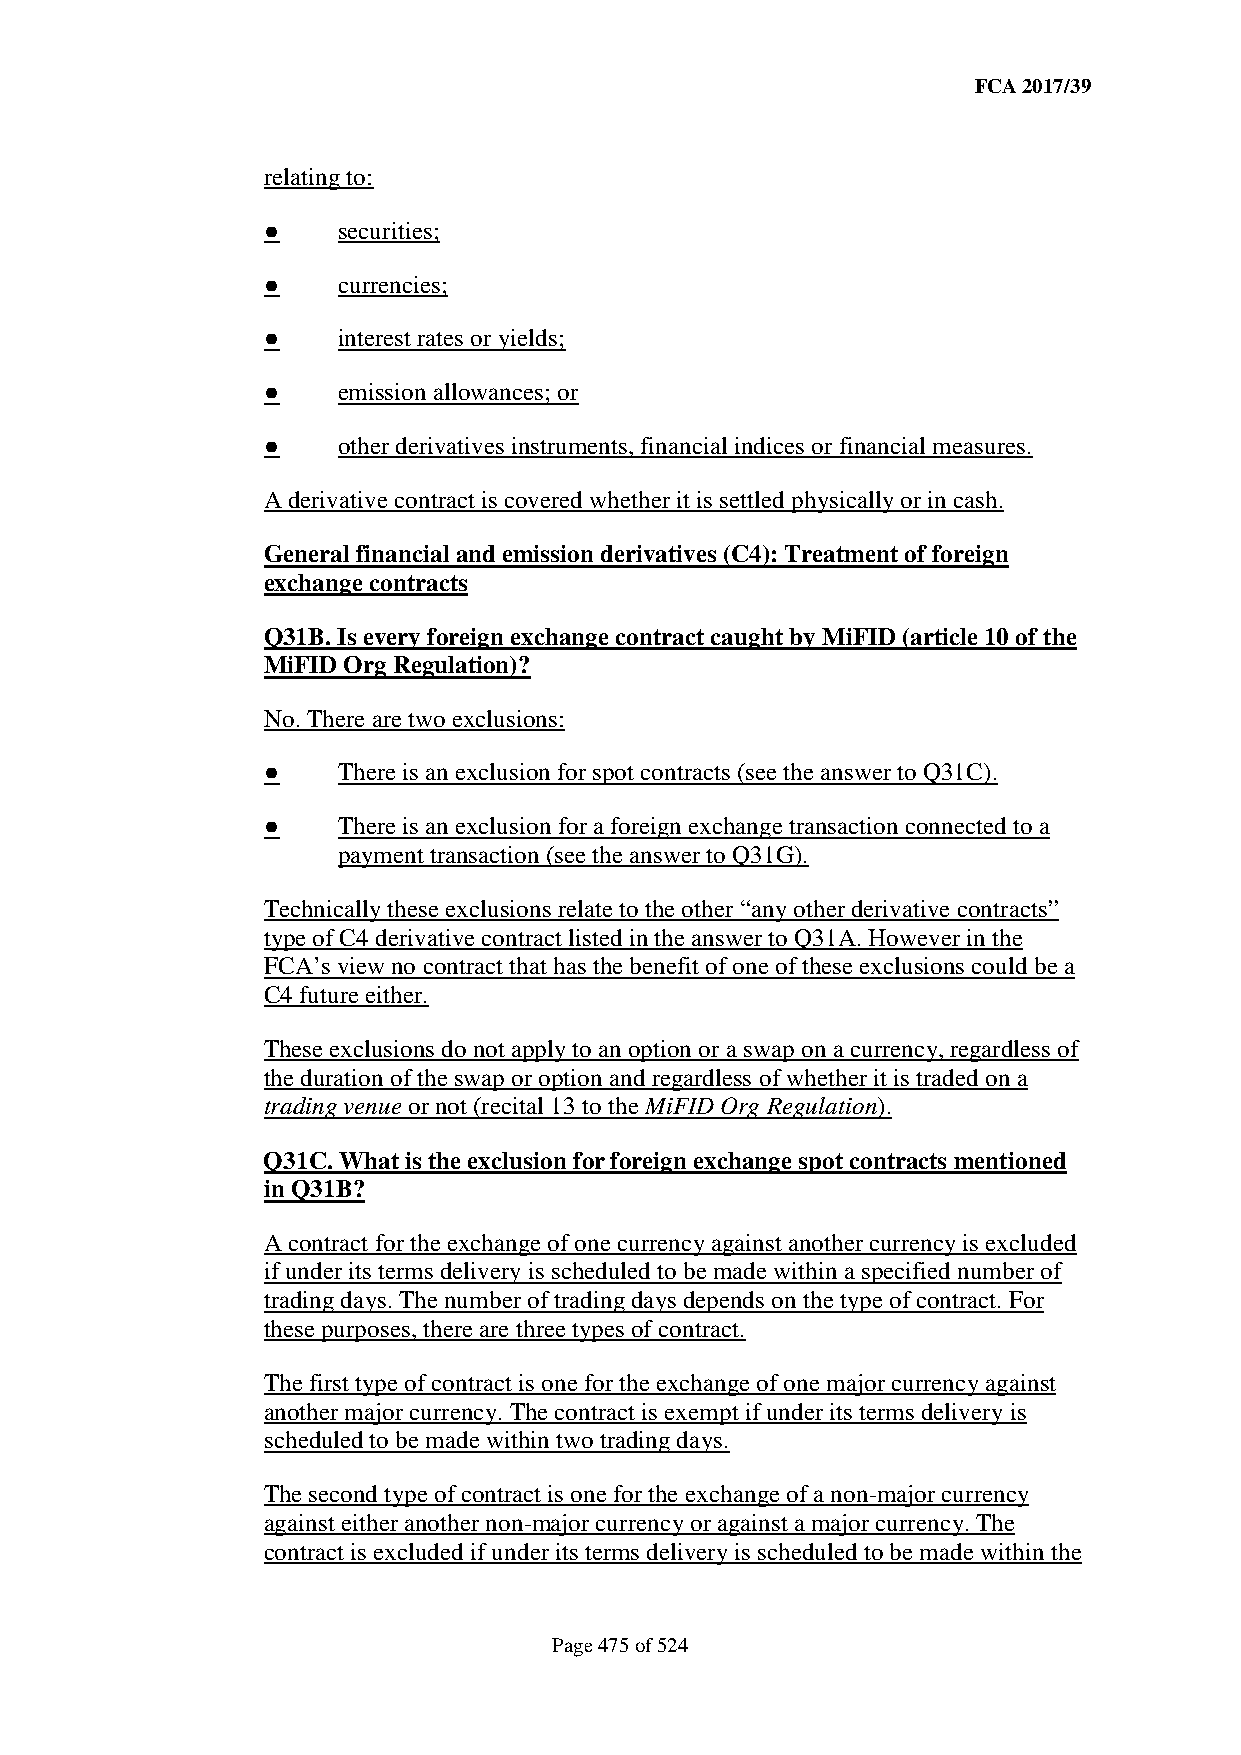
FCA 2017/39
 relating to:
 ●    securities;
 ●    currencies;
 ●    interest rates or yields;
 ●    emission allowances; or
 ●    other derivatives instruments, financial indices or financial measures.
 A derivative contract is covered whether it is settled physically or in cash.
 General financial and emission derivatives (C4): Treatment of foreign
 exchange contracts
 Q31B. Is every foreign exchange contract caught by MiFID (article 10 of the
 MiFID Org Regulation)?
 No. There are two exclusions:
 ●    There is an exclusion for spot contracts (see the answer to Q31C).
 ●    There is an exclusion for a foreign exchange transaction connected to a
 payment transaction (see the answer to Q31G).
 Technically these exclusions relate to the other “any other derivative contracts”
 type of C4 derivative contract listed in the answer to Q31A. However in the
 FCA’s view no contract that has the benefit of one of these exclusions could be a
 C4 future either.
 These exclusions do not apply to an option or a swap on a currency, regardless of
 the duration of the swap or option and regardless of whether it is traded on a
 trading venue or not (recital 13 to the MiFID Org Regulation).
 Q31C. What is the exclusion for foreign exchange spot contracts mentioned
 in Q31B?
 A contract for the exchange of one currency against another currency is excluded
 if under its terms delivery is scheduled to be made within a specified number of
 trading days. The number of trading days depends on the type of contract. For
 these purposes, there are three types of contract.
 The first type of contract is one for the exchange of one major currency against
 another major currency. The contract is exempt if under its terms delivery is
 scheduled to be made within two trading days.
 The second type of contract is one for the exchange of a non-major currency
 against either another non-major currency or against a major currency. The
 contract is excluded if under its terms delivery is scheduled to be made within the
 Page 475 of 524